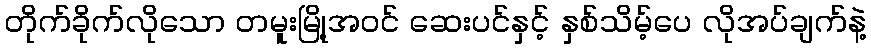
တိုက်ခိုက်လိုသော တမူးမြို့အဝင် ဆေးပင်နှင့် နှစ်သိမ့်ပေ လိုအပ်ချက်နဲ့